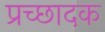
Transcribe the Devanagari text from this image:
प्रच्छादक